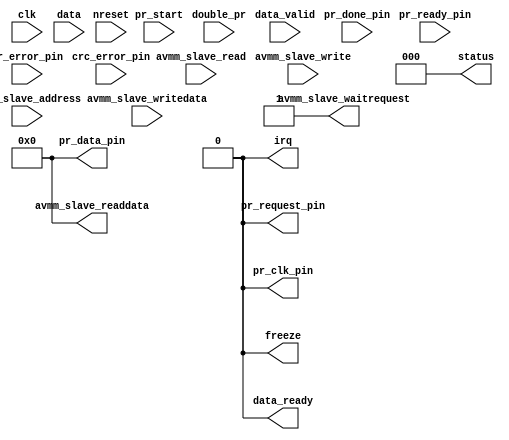
// (C) 2001-2016 Altera Corporation. All rights reserved.
// Your use of Altera Corporation's design tools, logic functions and other 
// software and tools, and its AMPP partner logic functions, and any output 
// files any of the foregoing (including device programming or simulation 
// files), and any associated documentation or information are expressly subject 
// to the terms and conditions of the Altera Program License Subscription 
// Agreement, Altera MegaCore Function License Agreement, or other applicable 
// license agreement, including, without limitation, that your use is for the 
// sole purpose of programming logic devices manufactured by Altera and sold by 
// Altera or its authorized distributors.  Please refer to the applicable 
// agreement for further details.


// synthesis VERILOG_INPUT_VERSION VERILOG_2001

`timescale 1ns/1ns
module alt_pr(
	clk,
	nreset,
	freeze,
	pr_start,
	double_pr,
	status,
	data,
	data_valid,
	data_ready,
	avmm_slave_address,
	avmm_slave_read,
	avmm_slave_readdata,
	avmm_slave_write,
	avmm_slave_writedata,
	avmm_slave_waitrequest,
	irq,
	pr_ready_pin,
	pr_done_pin,
	pr_error_pin,
	pr_request_pin,
	pr_clk_pin,
	pr_data_pin,
	crc_error_pin
);
	parameter PR_INTERNAL_HOST = 1; // '1' means Internal Host, '0' means External Host
	parameter CDRATIO = 1; // valid: 1, 2, 4
	parameter DATA_WIDTH_INDEX = 16; // valid: 1, 2, 4, 8, 16, 32. For Avalon-MM interface, always set to 16.
	parameter CB_DATA_WIDTH = 16;
	parameter ENABLE_DATA_PACKING = 1;
	parameter ENABLE_AVMM_SLAVE = 0; // '1' means Enable Avalon-MM slave interface, '0' means Conduit interface
	parameter ENABLE_JTAG = 1;	// '1' means Enable JTAG debug mode, '0' means Disable
	parameter EDCRC_OSC_DIVIDER = 1; // valid: 1, 2, 4, 8, 16, 32, 64, 128, 256
	parameter DEVICE_FAMILY	= "Stratix V";
    parameter EXT_HOST_TARGET_DEVICE_FAMILY	= "Stratix V"; // Target device family for PR when External Host is enabled. 
	parameter ENABLE_PRPOF_ID_CHECK = 1; // '1' means Enable, '0' means Disable
	parameter EXT_HOST_PRPOF_ID = 0; // valid: 32-bit integer value
	parameter ENABLE_ENHANCED_DECOMPRESSION = 0;
	parameter INSTANTIATE_PR_BLOCK = 1;
	parameter INSTANTIATE_CRC_BLOCK = 1;
	parameter ENABLE_INTERRUPT = 0;

	// We have two different input data paths - ST/MM and JTAG.
	localparam ST_MM_INPUT_DATA_WIDTH = DATA_WIDTH_INDEX; // An alias.
	localparam JTAG_INPUT_DATA_WIDTH = 16;

	localparam EFFECTIVE_DEVICE_FAMILY = PR_INTERNAL_HOST ? DEVICE_FAMILY : EXT_HOST_TARGET_DEVICE_FAMILY;

	localparam CSR_IRQ_BIT_OFFSET = 5;
	
	input clk;
	input nreset;
	input pr_start;
	input double_pr;
	input data_valid;
	input [ST_MM_INPUT_DATA_WIDTH-1:0] data;
	input avmm_slave_address;
	input avmm_slave_read;
	input avmm_slave_write;
	input [ST_MM_INPUT_DATA_WIDTH-1:0] avmm_slave_writedata;
	input pr_ready_pin;
	input pr_done_pin;
	input pr_error_pin;
	input crc_error_pin;
	
	output freeze;
	output data_ready;
	output [2:0] status;
	output [ST_MM_INPUT_DATA_WIDTH-1:0] avmm_slave_readdata;
	output avmm_slave_waitrequest;
	output pr_request_pin;
	output pr_clk_pin;
	output [CB_DATA_WIDTH-1:0] pr_data_pin;
	output irq;
	
	// Hard code outputs
	assign freeze = 1'b0;
	assign data_ready = 1'b0;
	assign status = 3'b0;
	assign avmm_slave_readdata = {ST_MM_INPUT_DATA_WIDTH{1'b0}};
	assign avmm_slave_waitrequest = 1'b1;
	assign pr_request_pin = 1'b0;
	assign pr_clk_pin = 1'b0;
	assign pr_data_pin = {CB_DATA_WIDTH{1'b0}};
	assign irq = 1'b0;

endmodule